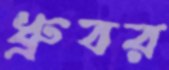
ধ্রুবর